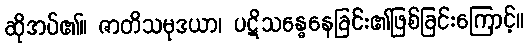
ဆိုအပ်၏။ ဇာတိသမုဒယာ၊ ပဋိသန္ဓေနေခြင်း၏ဖြစ်ခြင်းကြောင့်။